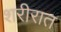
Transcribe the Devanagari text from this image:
शरीरात